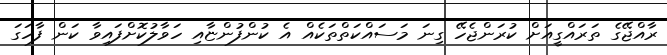
ރާއްޖޭގެ ތަރައްގީއަށް ކުރަންޖެހޭ ގިނަ މަސައްކަތްތަކެއް އެ ކުންފުންޏާއި ހަވާލުކޮށްފައިވާ ކަން ފާހަގަ